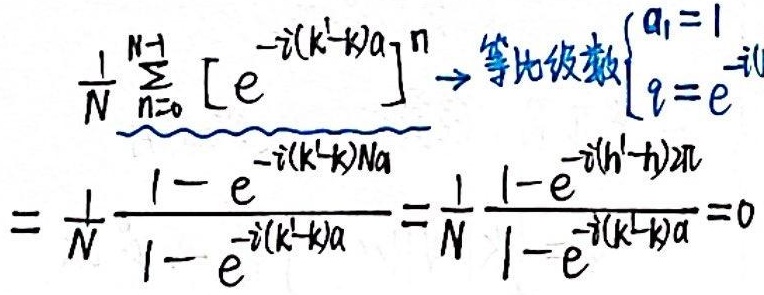
等比级数\(\begin{cases}a_1 = 1\\q = e^{-i(k'-k)a}\end{cases}\)
\[\begin{align*}
&\frac{1}{N}\underbrace{\sum_{n = 0}^{N - 1}[e^{-i(k'-k)a}]^{n}}_{}\\
=&\frac{1}{N}\frac{1 - e^{-i(k'-k)Na}}{1 - e^{-i(k'-k)a}}=\frac{1}{N}\frac{1 - e^{-i(h'-h)2\pi}}{1 - e^{-i(k'-k)a}} = 0
\end{align*}\]